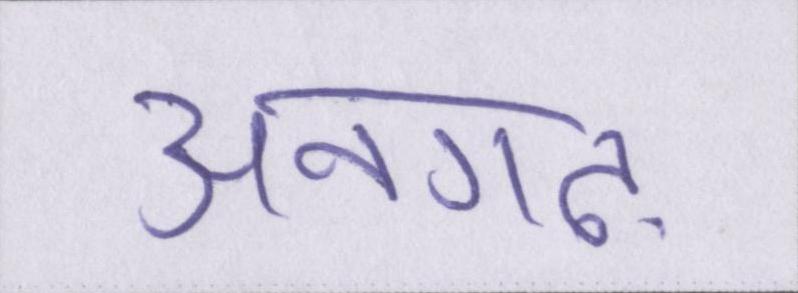
अनगढ़